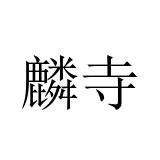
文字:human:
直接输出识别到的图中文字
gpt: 麟寺